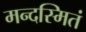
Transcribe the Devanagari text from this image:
मन्दस्मितं